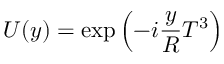
U ( y ) = \exp \left( - i \frac { y } { R } T ^ { 3 } \right)